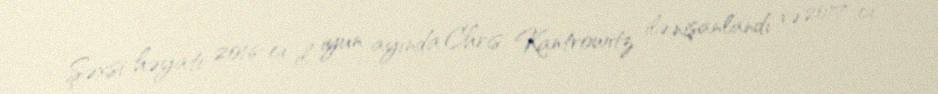
Şəxsi həyatı 2016-cı il iyun ayında Chris Kantrowitz ilə nişanlandı və 2017-ci